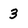
Character: 3